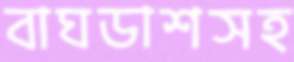
বাঘডাশসহ